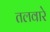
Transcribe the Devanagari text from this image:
तलवारे